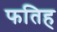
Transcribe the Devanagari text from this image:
फतिह